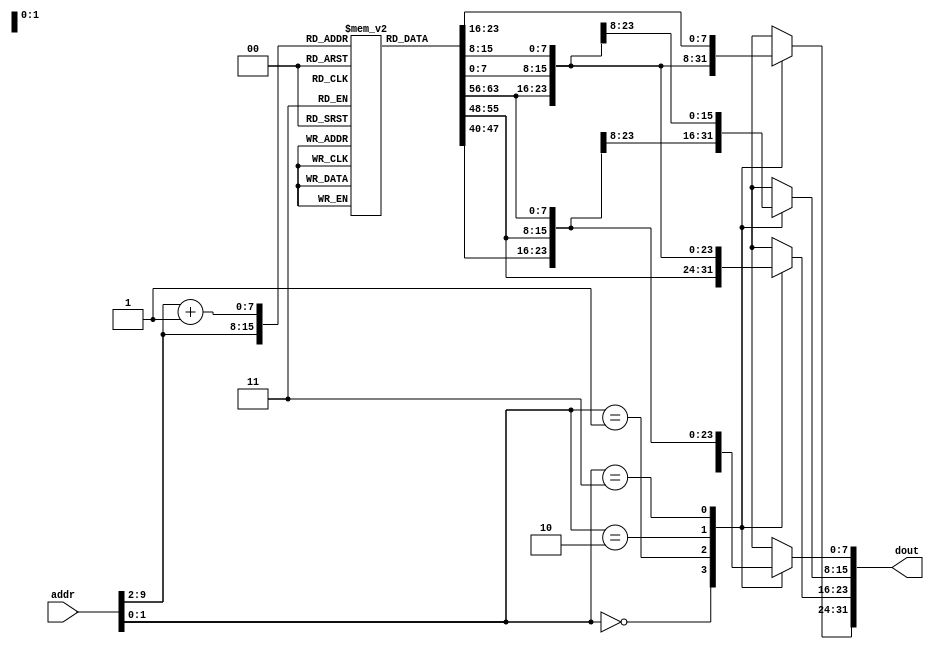
module InstMem(
    input [31:0] addr,
    output reg [31:0] dout
);

reg [31:0] memory[255:0];
integer i;

wire [31:2] addr_memory_unit = addr[31:2];
wire [1:0] addr_memory_cell = addr[1:0];

initial begin
    for (i = 0; i <= 255; i = i + 1) begin
        memory[i] = 32'b0;
    end
end

always @(addr_memory_unit, addr_memory_cell, memory[addr_memory_unit]) begin
    case (addr_memory_cell)
        2'b00: dout[31:0] <= memory[addr_memory_unit][31:0];
        2'b01: begin
            dout[23:0] <= memory[addr_memory_unit][31:8];
            dout[31:24] <= memory[addr_memory_unit + 1][7:0];
        end
        2'b10: begin
            dout[15:0] <= memory[addr_memory_unit][31:16];
            dout[31:16] <= memory[addr_memory_unit + 1][15:0];
        end
        2'b11: begin
            dout[7:0] <= memory[addr_memory_unit][31:24];
            dout[31:8] <= memory[addr_memory_unit + 1][23:0];
        end
    endcase
end

endmodule